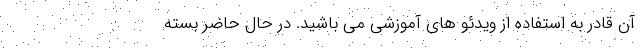
آن قادر به استفاده از ویدئو های آموزشی می باشید. در حال حاضر بسته